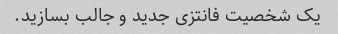
یک شخصیت فانتزی جدید و جالب بسازید.